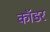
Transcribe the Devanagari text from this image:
कॉडर